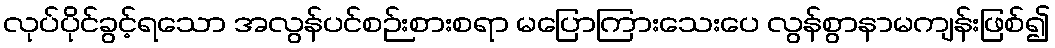
လုပ်ပိုင်ခွင့်ရသော အလွန်ပင်စဉ်းစားစရာ မပြောကြားသေးပေ လွန်စွာနာမကျန်းဖြစ်၍